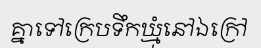
គ្នាទៅក្រេបទឹកឃ្មុំនៅឯក្រៅ